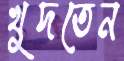
খুদতেন